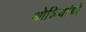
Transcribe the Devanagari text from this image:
ओढियांबो